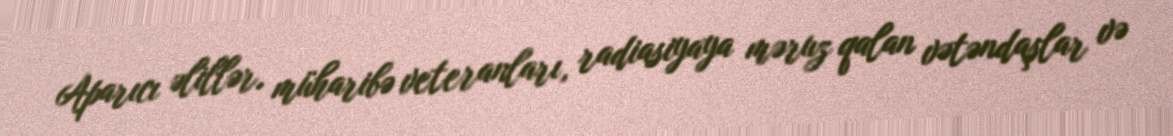
Aparıcı əlillər, müharibə veteranları, radiasiyaya məruz qalan vətəndaşlar və